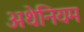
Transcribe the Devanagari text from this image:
अथेनियम